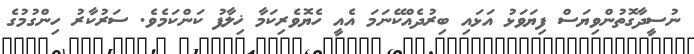
ނުސީދާގޮތުންވިޔަސް ފިޔަވަޅު އަޅައި ބިރުދެއްކޭނަމަ އެއީ ހެޔޮވެރިކަމާ ޚިލާފު ކަންކަމެވެ. ސަރުކާރު ހިންގުމުގެ